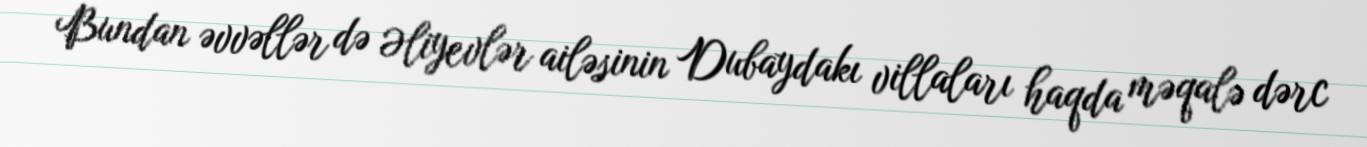
Bundan əvvəllər də Əliyevlər ailəsinin Dubaydakı villaları haqda məqalə dərc